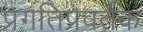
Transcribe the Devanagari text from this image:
प्रगतिप्रवर्तक